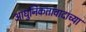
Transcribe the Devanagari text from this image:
आधुनिकतावादाच्या